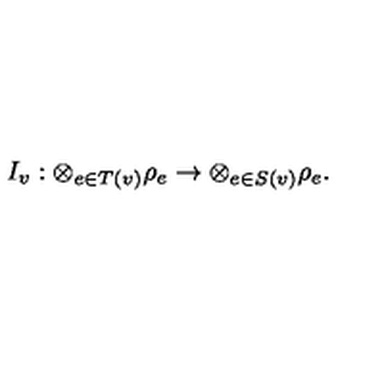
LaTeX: I _ { v } : \otimes _ { e \in T ( v ) } \rho _ { e } \to \otimes _ { e \in S ( v ) } \rho _ { e } .